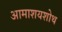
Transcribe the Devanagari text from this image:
आमाशयशोथ